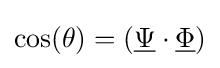
\cos(\theta )=({\underline {\Psi }}\cdot {\underline {\Phi }})